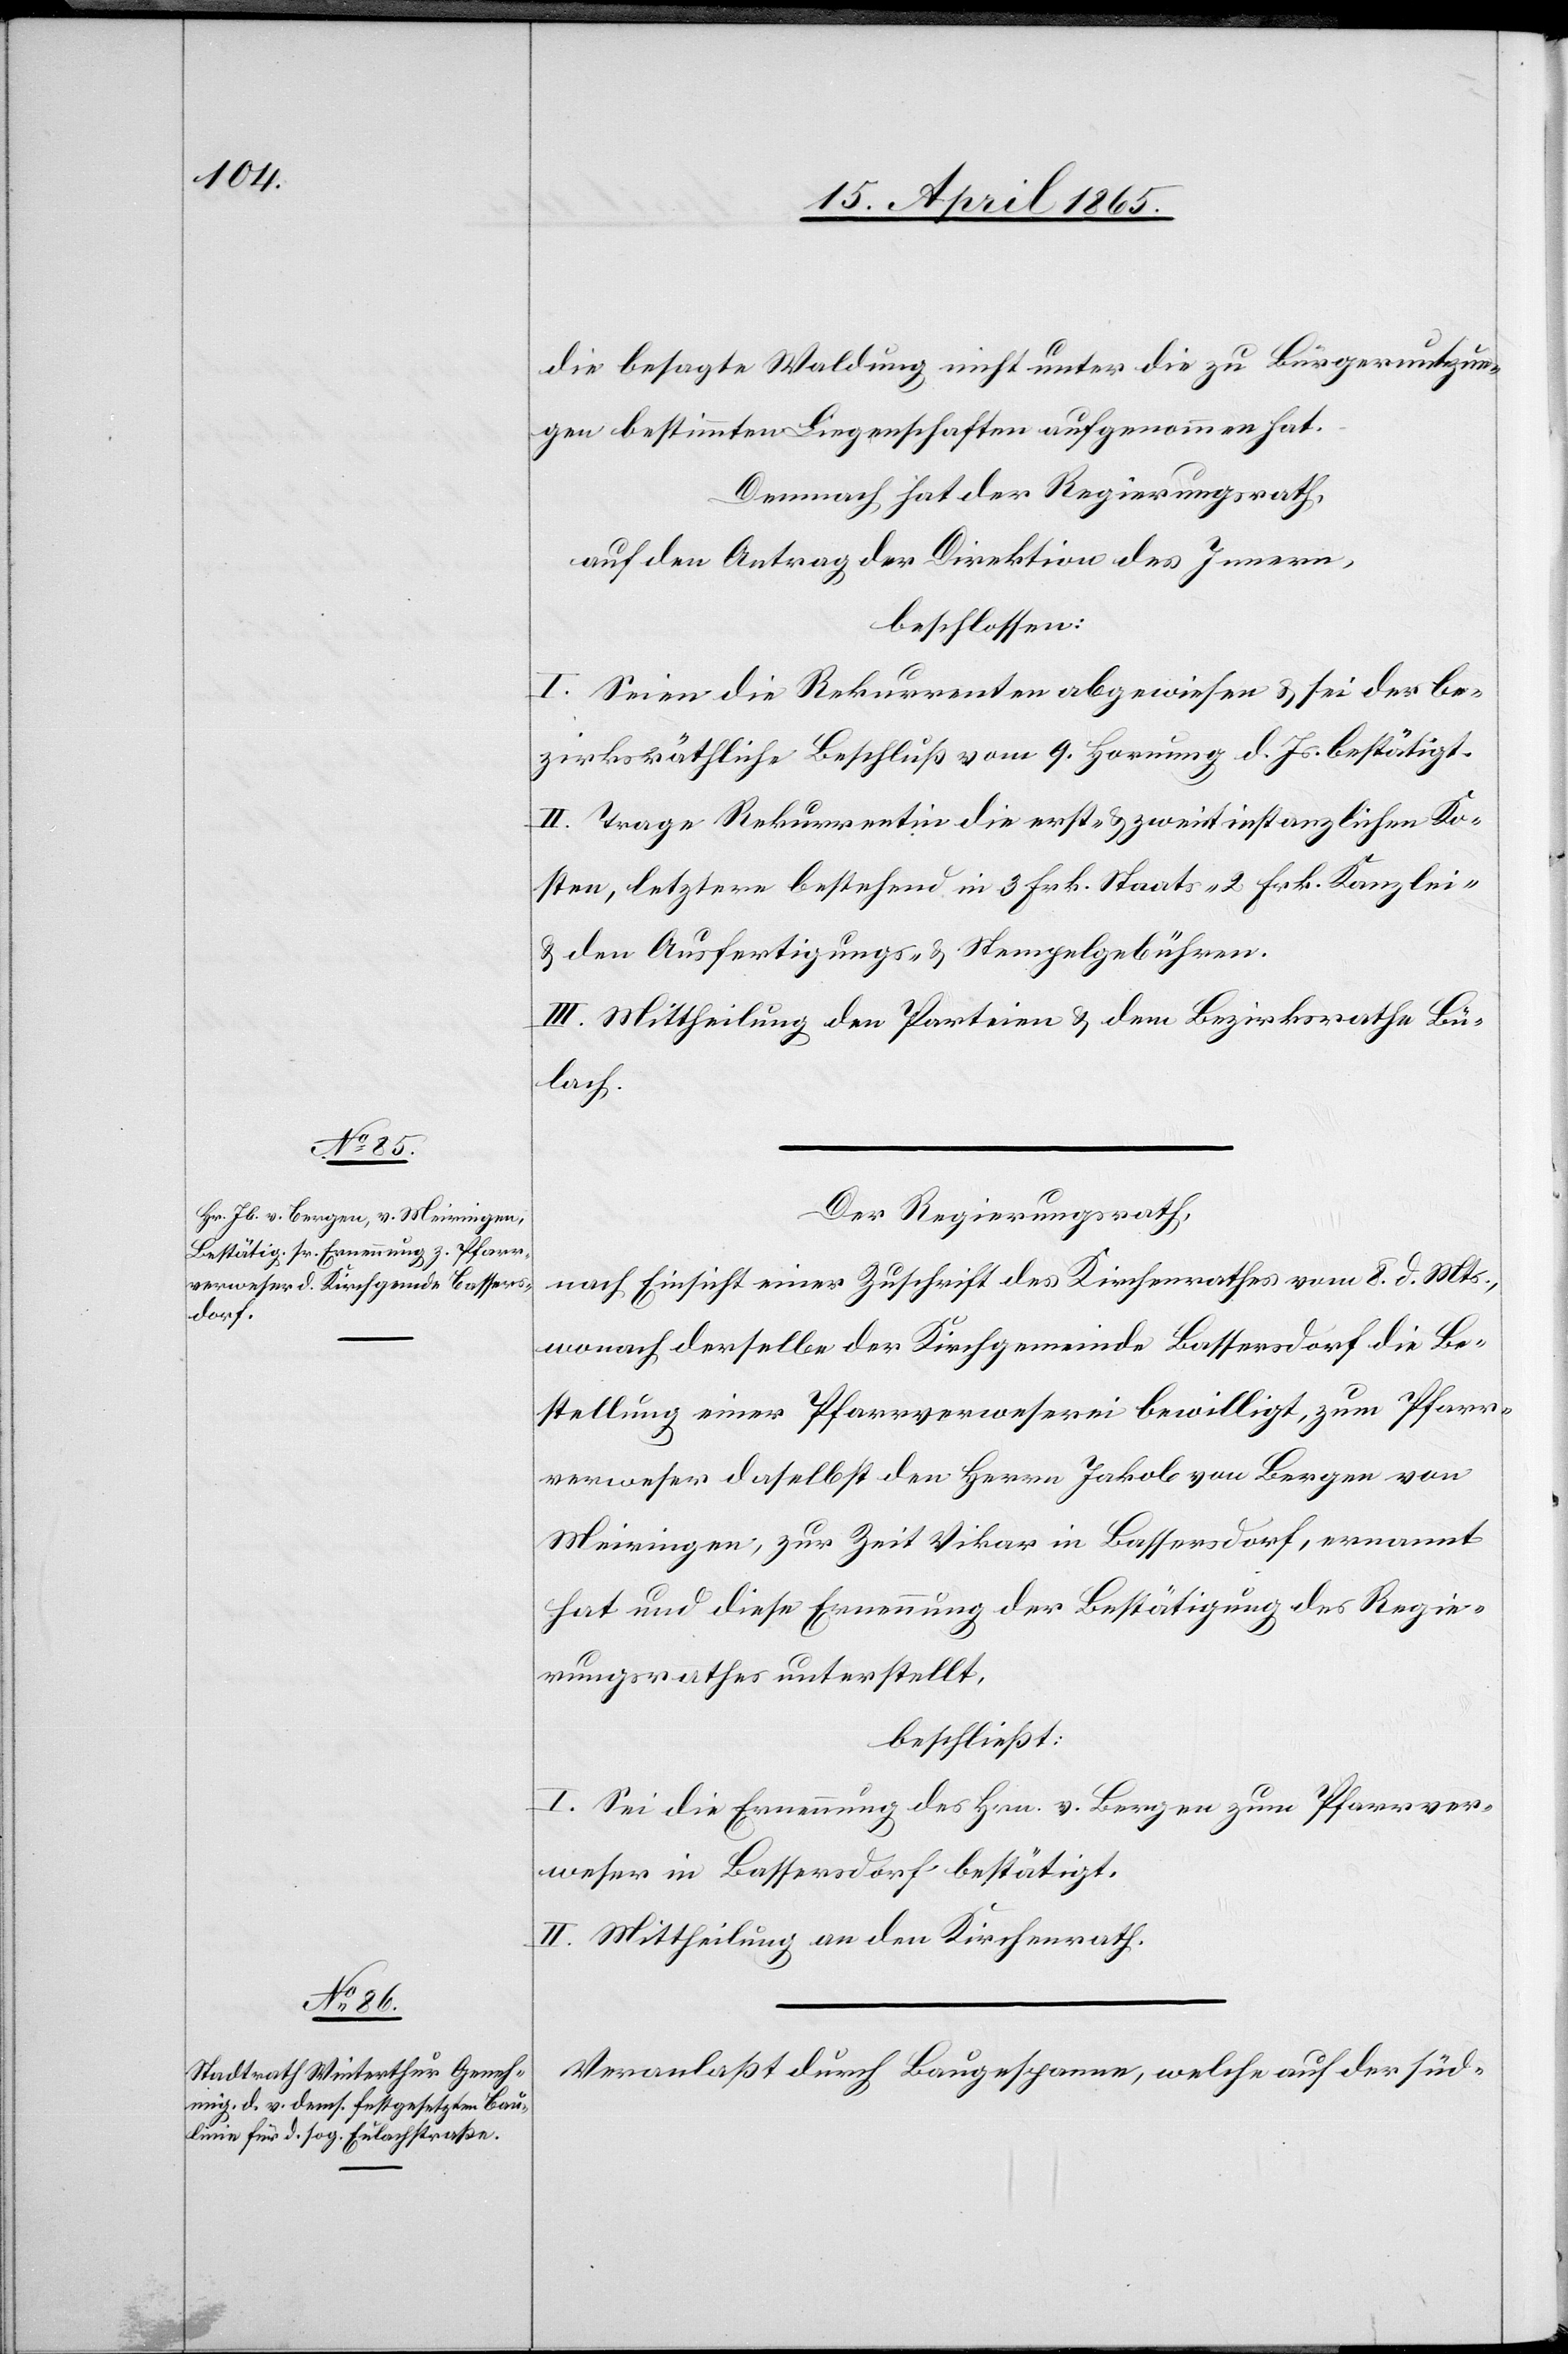
die besagte Waldung nicht unter die zu Bürgernutzun¬
gen bestimmten Liegenschaften aufgenommen hat.
Demnach hat der Regierungsrath,
auf den Antrag der Direktion des Innern,
beschlossen:
I. Seien die Rekurrenten abgewiesen & sei der be¬
zirksräthliche Beschluß vom 9. Hornung d. Js. bestätigt.
II. Trage Rekurrentin die erst- & zweitinstanzlichen Ko¬
sten, letztere bestehend in 3 Frk. Staats-[,] 2 Frk. Kanzlei-
& den Ausfertigungs- & Stempelgebühren.
III. Mittheilung den Parteien & dem Bezirksrathe Bü¬
lach.
Der Regierungsrath,
nach Einsicht einer Zuschrift des Kirchenrathes vom 8. d. Mts.,
wonach derselbe der Kirchgemeinde Bassersdorf die Be¬
stellung einer Pfarrverweserei bewilligt, zum Pfarr¬
verweser daselbst den Herrn Jakob von Bergen von
Meiringen, zur Zeit Vikar in Bassersdorf, ernannt
hat und diese Ernennung der Bestätigung des Regie¬
rungsrathes unterstellt,
beschließt:
I. Sei die Ernennung des Hrn. v. Bergen zum Pfarrver¬
weser in Bassersdorf bestätigt.
II. Mittheilung an den Kirchenrath.
Veranlaßt durch Baugespanne, welche auf der süd-